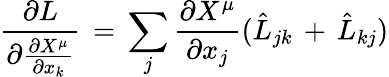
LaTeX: \frac{\partial L}{\partial\frac{\partial X^{\mu}}{\partial x_{k}}}\, =\, \sum_{j}\frac{\partial X^{\mu}}{\partial x_{j}}(\hat{L}_{jk}\, +\, \hat{L}_{kj})